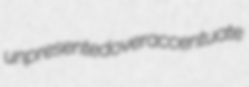
unpresented overaccentuate